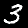
Digit: 3